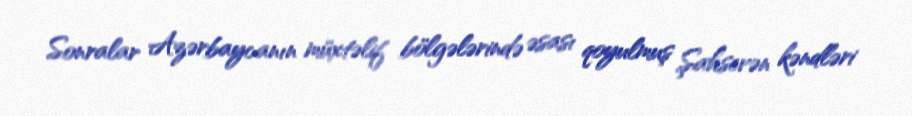
Sonralar Azərbaycanın müxtəlif bölgələrində əsası qoyulmuş Şahsevən kəndləri